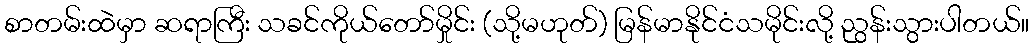
စာတမ်းထဲမှာ ဆရာကြီး သခင်ကိုယ်တော်မှိုင်း (သို့မဟုတ်) မြန်မာနိုင်ငံသမိုင်းလို့ ညွန်းသွားပါတယ်။